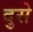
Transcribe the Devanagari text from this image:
दुसे